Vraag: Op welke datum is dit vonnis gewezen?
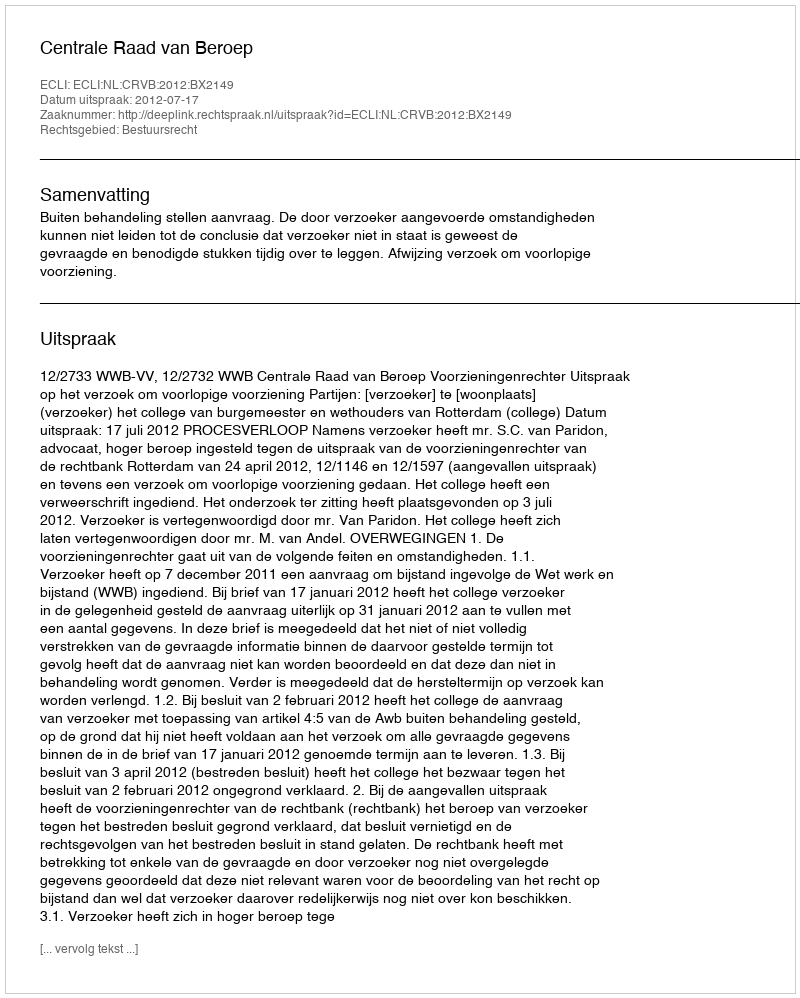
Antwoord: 2012-07-17